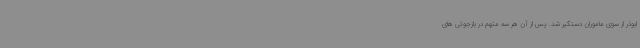
ابوذر از سوی ماموران دستگیر شد. پس از آن هر سه متهم در بازجوئی های